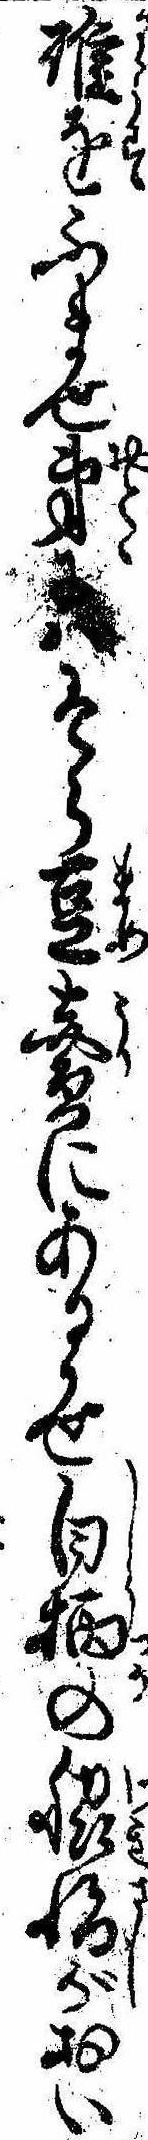
碓をふませ弟はそら豆売にあるかせ白柄の脇指がおい